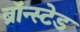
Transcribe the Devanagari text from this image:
ब्रॉन्स्टेड